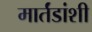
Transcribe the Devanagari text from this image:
मार्तंडांशी